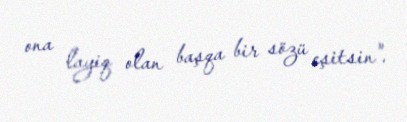
ona layiq olan başqa bir sözü eşitsin".